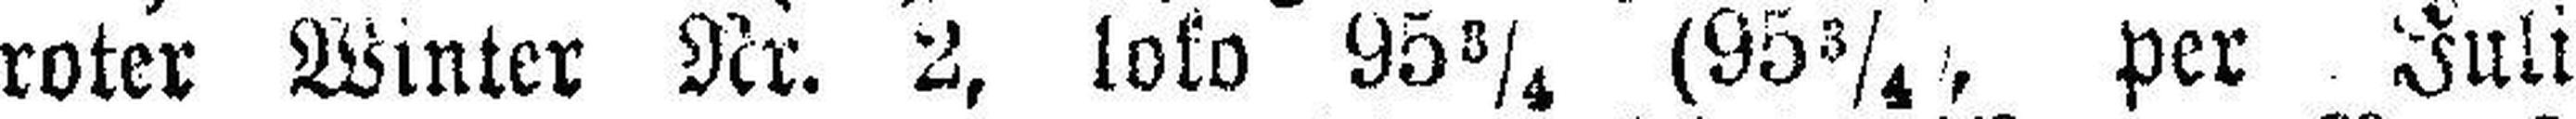
roter Winter Nr. 2, loko 95¾ (95¾, per Juli